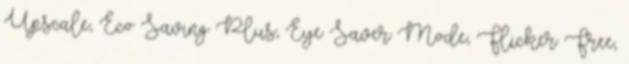
Upscale, Eco Saving Plus, Eye Saver Mode, Flicker Free,